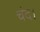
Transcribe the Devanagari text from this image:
चंद।